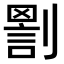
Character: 𠟑